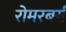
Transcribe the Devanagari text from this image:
रोमरबर्ग